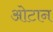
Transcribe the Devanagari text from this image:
ओटान